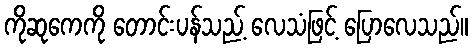
ကိုဆုကေကို တောင်းပန်သည့် လေသံဖြင့် ပြောလေသည်။